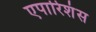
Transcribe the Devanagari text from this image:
एपारिशंस